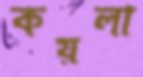
কয়লা